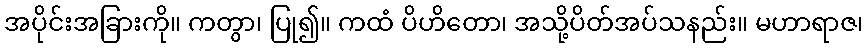
အပိုင်းအခြားကို။ ကတွာ၊ ပြု၍။ ကထံ ပိဟိတော၊ အသို့ပိတ်အပ်သနည်း။ မဟာရာဇ၊